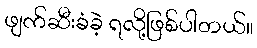
ဖျက်ဆီးခံခဲ့ ရလို့ဖြစ်ပါတယ်။